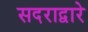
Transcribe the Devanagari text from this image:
सदराद्वारे